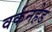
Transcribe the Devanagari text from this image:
वर्कनहेड